Report on the lunatic asylums under the Government of Bombay - 1904-1913
Year: 1904
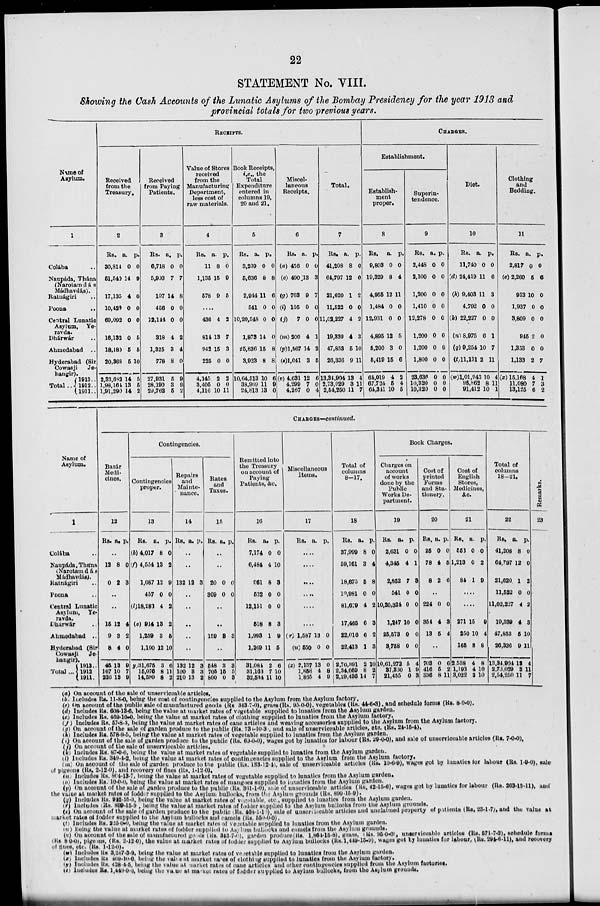
22
STATEMENT No. VIII.
Showing the Cash Accounts of the Lunatic Asylums of the Bombay Presidency for the year 1913 and
provincial totals for two previous years.
Name of
Asylum.
1
Colába ..
Naupáda, Thána
(Narotamdás
Mádhavdás).
Ratnágiri ..
Poona ..
Central Lanatic
Asylum, Ye-
ravda.
Dhárwár ..
Ahmedabad ..
Hyderabad (Sir
Cowasji Je-
hangir).
Total ..
1913 ..
1912 ..
1911 ..
RECEIPTS.
Received
from the
Treasury.
2
Rs.
30,814
51,540
17,135
10,420
69,092
16,132
18,180
20,368
2,33,682
1,98,164
1,91,290
a.
0
14
4
0
0
0
5
5
14
13
14
p.
0
9
0
0
0
5
5
10
5
5
2
Received
from Paying
Patients.
3
Rs.
6,718
5,993
197
456
12,144
318
1,325
778
27,931
28,190
29,762
a.
0
7
14
0
0
4
3
8
5
3
5
p.
0
7
8
0
0
2
4
0
9
9
2
Value of Stores
received
from the
Manufacturing
Department,
less cost of
raw materials.
4
Rs.
11
1,135
578
a.
8
15
9
p.
0
9
5
....
436
814
942
225
4,145
3,405
4,116
4
13
15
0
2
0
10
2
7
3
0
2
0
11
Book Receipts,
i.e., the
Total
Expenditure
entered in
columns 19,
20 and 21.
5
Rs.
3,209
5,636
2,944
541
10,20,548
1,873
25,836
3,923
10,64,513
38,969
24,813
a.
0
8
11
0
0
14
15
8
10
11
13
p.
0
8
6
0
0
0
8
8
6
9
0
Miscel-
laneous
Receipts.
6
Rs.
(a) 456
(c) 490
(g) 763
(i) 105
(j) 7
(m) 200
(p)1,567
(s)1,041
(v) 4,631
4,299
4,267
a.
0
13
9
0
0
4
14
3
12
7
0
p.
0
3
7
0
0
1
2
5
6
0
4
Total.
7
Rs.
41,208
64,797
21,620
11,522
11,02,227
19,339
47,853
26,336
13,34,904
2,73,029
2,54,250
a.
8
12
1
0
4
4
5
9
13
3
11
p.
0
0
2
0
2
3
10
11
4
11
7
CHARGES.
Establishment.
Establish-
ment
proper.
8
Rs.
9,803
19,329
4,955
1,484
12,931
4,895
5,200
15,419
64,019
67,724
64,341
a.
0
8
12
0
0
12
3
15
4
5
10
p.
0
4
11
0
0
5
0
6
2
4
5
Superin-
tendence.
9
Rs.
2,448
2,100
1,200
1,410
12,278
1,200
1,200
1,800
23,636
10,320
10,320
a.
0
0
0
0
0
0
0
0
0
0
0
p.
0
0
0
0
0
0
0
0
0
0
0
Diet.
10
Rs.
11,740
(d) 24,419
(h) 9,403
4,792
(k) 22,227
(n) 8,975
(q) 9,254
(t)11,131
(w)1,01,943
95,862
91,412
a.
0
11
11
0
0
6
10
2
10
8
10
p.
0
6
3
0
0
1
7
11
4
11
1
Clothing
and
Bedding.
11
Rs.
2,817
(e) 2,260
913
1,937
3,809
945
1,353
1,133
(x) 15,168
11,080
13,125
a.
0
5
10
0
0
2
0
2
4
7
6
p.
0
6
0
0
0
0
0
7
1
3
2
Name of
Asylum.
1
Colába ..
Naupáda,Thána
(Narotamdás
Mádhavdás).
Ratnágiri ..
Poona ..
Central Lunatic
Asylum, Ye-
ravda.
Dharwár ..
Ahmedabad ..
Hyderabad (Sir
Cowasji Je-
hangir).
Total ...
1913 ..
1912 ..
1911 ..
CHARGES—continued.
Bazár
Medi-
cines.
12
Rs. a. p.
..
12
0
8
2
0
3
..
..
15
9
8
45
167
226
12
3
4
13
10
13
4
2
0
9
7
9
Contingencies.
Contingencies
proper.
13
Rs.
(b) 4,017
(f) 4,554
1,087
457
(l)18,283
(o) 914
1,259
1,100
(y)31,675
15,076
14,599
a.
8
13
12
0
4
13
3
12
3
8
8
p.
0
2
9
0
2
2
5
10
6
11
2
Repairs
and
Mainte-
nance.
14
Rs. a. p.
..
..
132 12 3
..
..
..
..
..
132
100
210
12
3
13
3
3
2
Rates
and
Taxes.
15
Rs. a. p.
..
..
20
369
0
0
0
0
..
..
159 8 3
..
548
705
800
3
15
0
3
5
3
Remitted into
the Treasury
on account of
Paying
Patients, &c.
16
Rs.
7,174
6,484
961
532
12,151
518
1,993
1,269
31,084
31,163
32,534
a.
0
4
8
0
0
8
1
11
2
7
11
p.
0
10
3
0
0
3
9
5
6
10
10
Miscellaneous
Items.
17
Rs. a. p.
....
....
...
....
....
....
(r) 1,587
(u) 550
(z) 2,137
1,858
1,865
13
0
13
4
4
0
0
0
8
9
Total of
columns
8-17.
18
Rs.
37,999
59,161
18,675
10,981
81,679
17,465
22,016
22,413
2,70,391
2,34,059
2,29,436
a.
8
3
5
0
4
6
6
1
2
8
14
p.
0
4
8
0
2
3
2
3
10
2
7
Book Charges.
Charges on
account
of works
done by the
Public
Works De-
partment.
19
Rs.
2,631
4,345
2,852
541
10,20,324
1,247
25,573
3,758
10,61,272
37,330
21,455
a.
0
4
7
0
0
10
0
0
5
1
0
p.
0
1
3
0
0
0
0
0
4
9
3
Cost of
printed
Forms
and Sta-
tionery.
20
Rs.
25
78
8
a.
0
4
2
p.
0
5
6
..
224
354
13
0
4
5
0
3
4
..
703
416
336
0
5
8
6
2
11
Cost of
English
Stores,
Medicines,
&c.
21
Rs.
558
1,213
84
a.
0
0
1
p.
0
2
9
....
....
271
250
165
2,538
1,193
3,022
15
10
8
4
4
3
9
4
8
8
10
10
Total of
columns
18-21.
22
Rs.
41,208
64,797
21,620
11,522
11,02,227
19,339
47,853
26,336
13,34,904
2,73,029
2,54,250
a.
8
12
1
0
4
4
5
9
13
3
11
p.
0
0
2
0
2
3
10
11
4
11
7
Remarks.
23
(a) On account of the sale of unserviceable articles.
(b) Includes Rs. 11-8-0, being the cost of contingencies supplied to the Asylum from the Asylum factory.
(c) On account of the public sale of manufactured goods (Rs. 343.7-0), grass (Rs. 95-0-0), vegetables (Rs. 44-6-3), and schedule forms (Rs. 8-0-0).
(d) Includes Rs. 608-13-6, being the value at market rates of vegetable supplied to lunatics from the Asylum garden.
(e) Includes Rs. 469-10-0, being the value at market rates of clothing supplied to lunatics from the Asylum factory.
(f) Includes Rs. 57-8-3, being the value at market rates of cane articles and weaving accessories supplied to the Asylum from the Asylum factory.
(g) On account of the sale of garden produce to the public (Rs. 733-10-3), and sale of unserviceable articles, etc. (Rs. 24-15-4).
(h) Includes Rs. 578-9-5, being the value at market rates of vegetable supplied to lunatics from the Asylum garden.
(i) On account of the sale of garden produce to the public (Rs. 69-0-0), wages got by lunatics for labour (Rs. 29-0-0), and sale of unserviceable articles (Rs. 7-0-0).
(j) On account of the sale of unserviceable articles.
(k) Includes Rs. 87-0-0, being the value at market rates of vegetable supplied to lunatics from the Asylum garden.
(l) Includes Rs. 349-4-2, being the value at market rates of contingencies supplied to the Asylum from the Asylum factory.
(m) On account of the sale of garden produce to the public (Rs. 183-12-4), sale of unserviceable articles (Rs. 10-6-9), wages got by lunatics for labour (Rs. 1-9-0), sale
of pigeons (Rs. 2-12-0), and recovery of fines (Rs. 1-12-0).
(n) Includes Rs. 804-13-7, being the value at market rates of vegetable supplied to lunatics from the Asylum garden.
(o) Includes Rs. 10-0-0, being the value at market rates of mangoes supplied to lunatics from the Asylum garden.
(p) On account of the sale of garden produce to the public (Rs. 361-1-0), sale of unserviceable articles (Rs. 42-15-6), wages got by lunatics for labour (Rs. 263-13-11), and
the value at market rates of fodder supplied to the Asylum bullocks, from the Asylum grounds (Rs. 899-15-9).
(q) Includes Rs. 942-15-3, being the value at market rates of vegetable, etc., supplied to lunatics from the Asylum garden.
(r) Includes (Rs. 899-15-9), being the value at market rates of fodder supplied to the Asylum bullocks from the Asylum grounds.
(s) On account of the sale of garden produce to the public Rs. 468-1-10), sale of unserviceable articles and unclaimed property of patients (Rs. 23-1-7), and the value at
market rates of fodder supplied to the Asylum bullocks and camels (Rs. 550-0-0).
(t) Includes Rs. 225-0-0, being the value at market rates of vegetable supplied to lunatics from the Asylum garden.
(u) Being the value at market rates of fodder supplied to Asylum bullocks and camels from the Asylum grounds.
(v) On account of the sale of manufactured goods (Rs. 343-7-0), garden produce (Rs. 1,864-15-8), grass, (Rs. 95-0-0), unserviceable articles (Rs. 571-7-2), schedule forms
(Rs. 8-0-0), pigeons, (Rs. 2-12-0), the value at market rates of fodder supplied to Asylum bullocks (Rs. 1,449-15-9), wages got by lunatics for labour, (Rs. 294-6-11), and recovery
of fines, etc. (Rs. 1-12-0).
(w) Includes Rs. 3,247-3-9, being the value at market rates of vegetable supplied to lunatics from the Asylum garden.
(x) Includes Rs. 469-10-0, being the value at market rates of clothing supplied to lunatics from the Asylum factory.
(y) Includes Rs. 428-4-5, being the value at market rates of cane articles and other contingencies supplied from the Asylum factories.
(z) Includes Rs. 1,449-0-0, being the value at market rates of fodder supplied to Asylum bullocks, from the Asylum grounds.